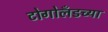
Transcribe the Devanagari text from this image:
टोगोलँडच्या